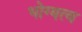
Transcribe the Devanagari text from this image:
भोग्यत्व